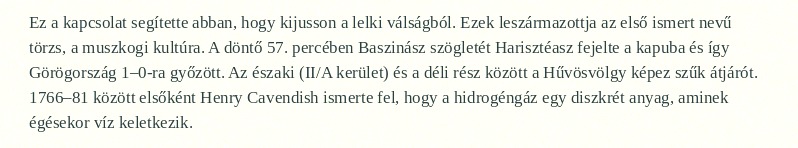
Ez a kapcsolat segítette abban, hogy kijusson a lelki válságból. Ezek leszármazottja az első ismert nevű törzs, a muszkogi kultúra. A döntő 57. percében Baszinász szögletét Harisztéasz fejelte a kapuba és így Görögország 1–0-ra győzött. Az északi (II/A kerület) és a déli rész között a Hűvösvölgy képez szűk átjárót. 1766–81 között elsőként Henry Cavendish ismerte fel, hogy a hidrogéngáz egy diszkrét anyag, aminek égésekor víz keletkezik.